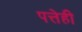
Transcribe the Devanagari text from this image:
पत्तेही